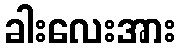
ခါးလေးအား